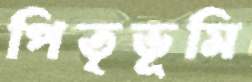
পিতৃভূমি